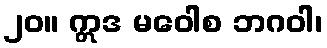
၂၀။ ဣဒ မဝေါစ ဘဂဝါ၊